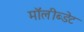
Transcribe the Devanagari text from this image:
मॉलीब्डेट